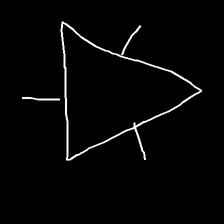
Glyph: fire